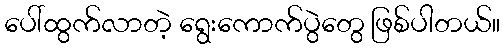
ပေါ်ထွက်လာတဲ့ ရွေးကောက်ပွဲတွေ ဖြစ်ပါတယ်။